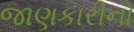
જાણકારીનો